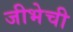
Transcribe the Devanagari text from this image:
जीभेची